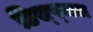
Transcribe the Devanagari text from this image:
डिस्प्जल